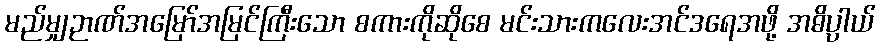
မည်မျှဉာဏ်အမြော်အမြင်ကြီးသော စကားကိုဆိုစေ မင်းသားကလေးအင်ဒရေအဖို့ အဓိပ္ပာယ်